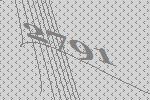
2791